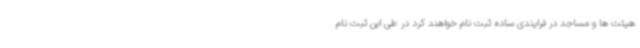
هیئت ها و مساجد در فرایندی ساده ثبت نام خواهند کرد در طی این ثبت نام